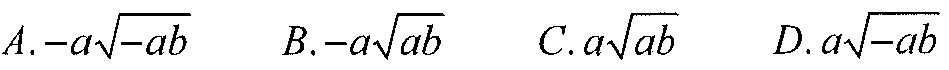
\(A. -a\sqrt{-ab}\quad B. -a\sqrt{ab}\quad C. a\sqrt{ab}\quad D. a\sqrt{-ab}\)